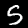
Label: 5